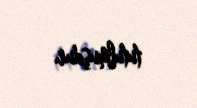
tutulmuşdur.